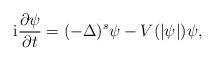
LaTeX: \begin{align*} \mathrm{i}\frac{\partial \psi}{\partial t}=(-\Delta)^s \psi - V(|\psi|)\psi,\end{align*}